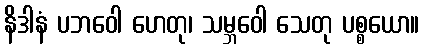
နိဒါနံ ပဘဝေါ ဟေတု၊ သမ္ဘဝေါ သေတု ပစ္စယော။